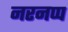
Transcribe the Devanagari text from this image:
नरनप्प